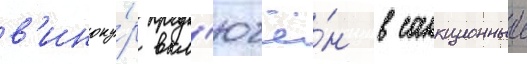
в'иноку́р вкл'ючё́н в санкционныи